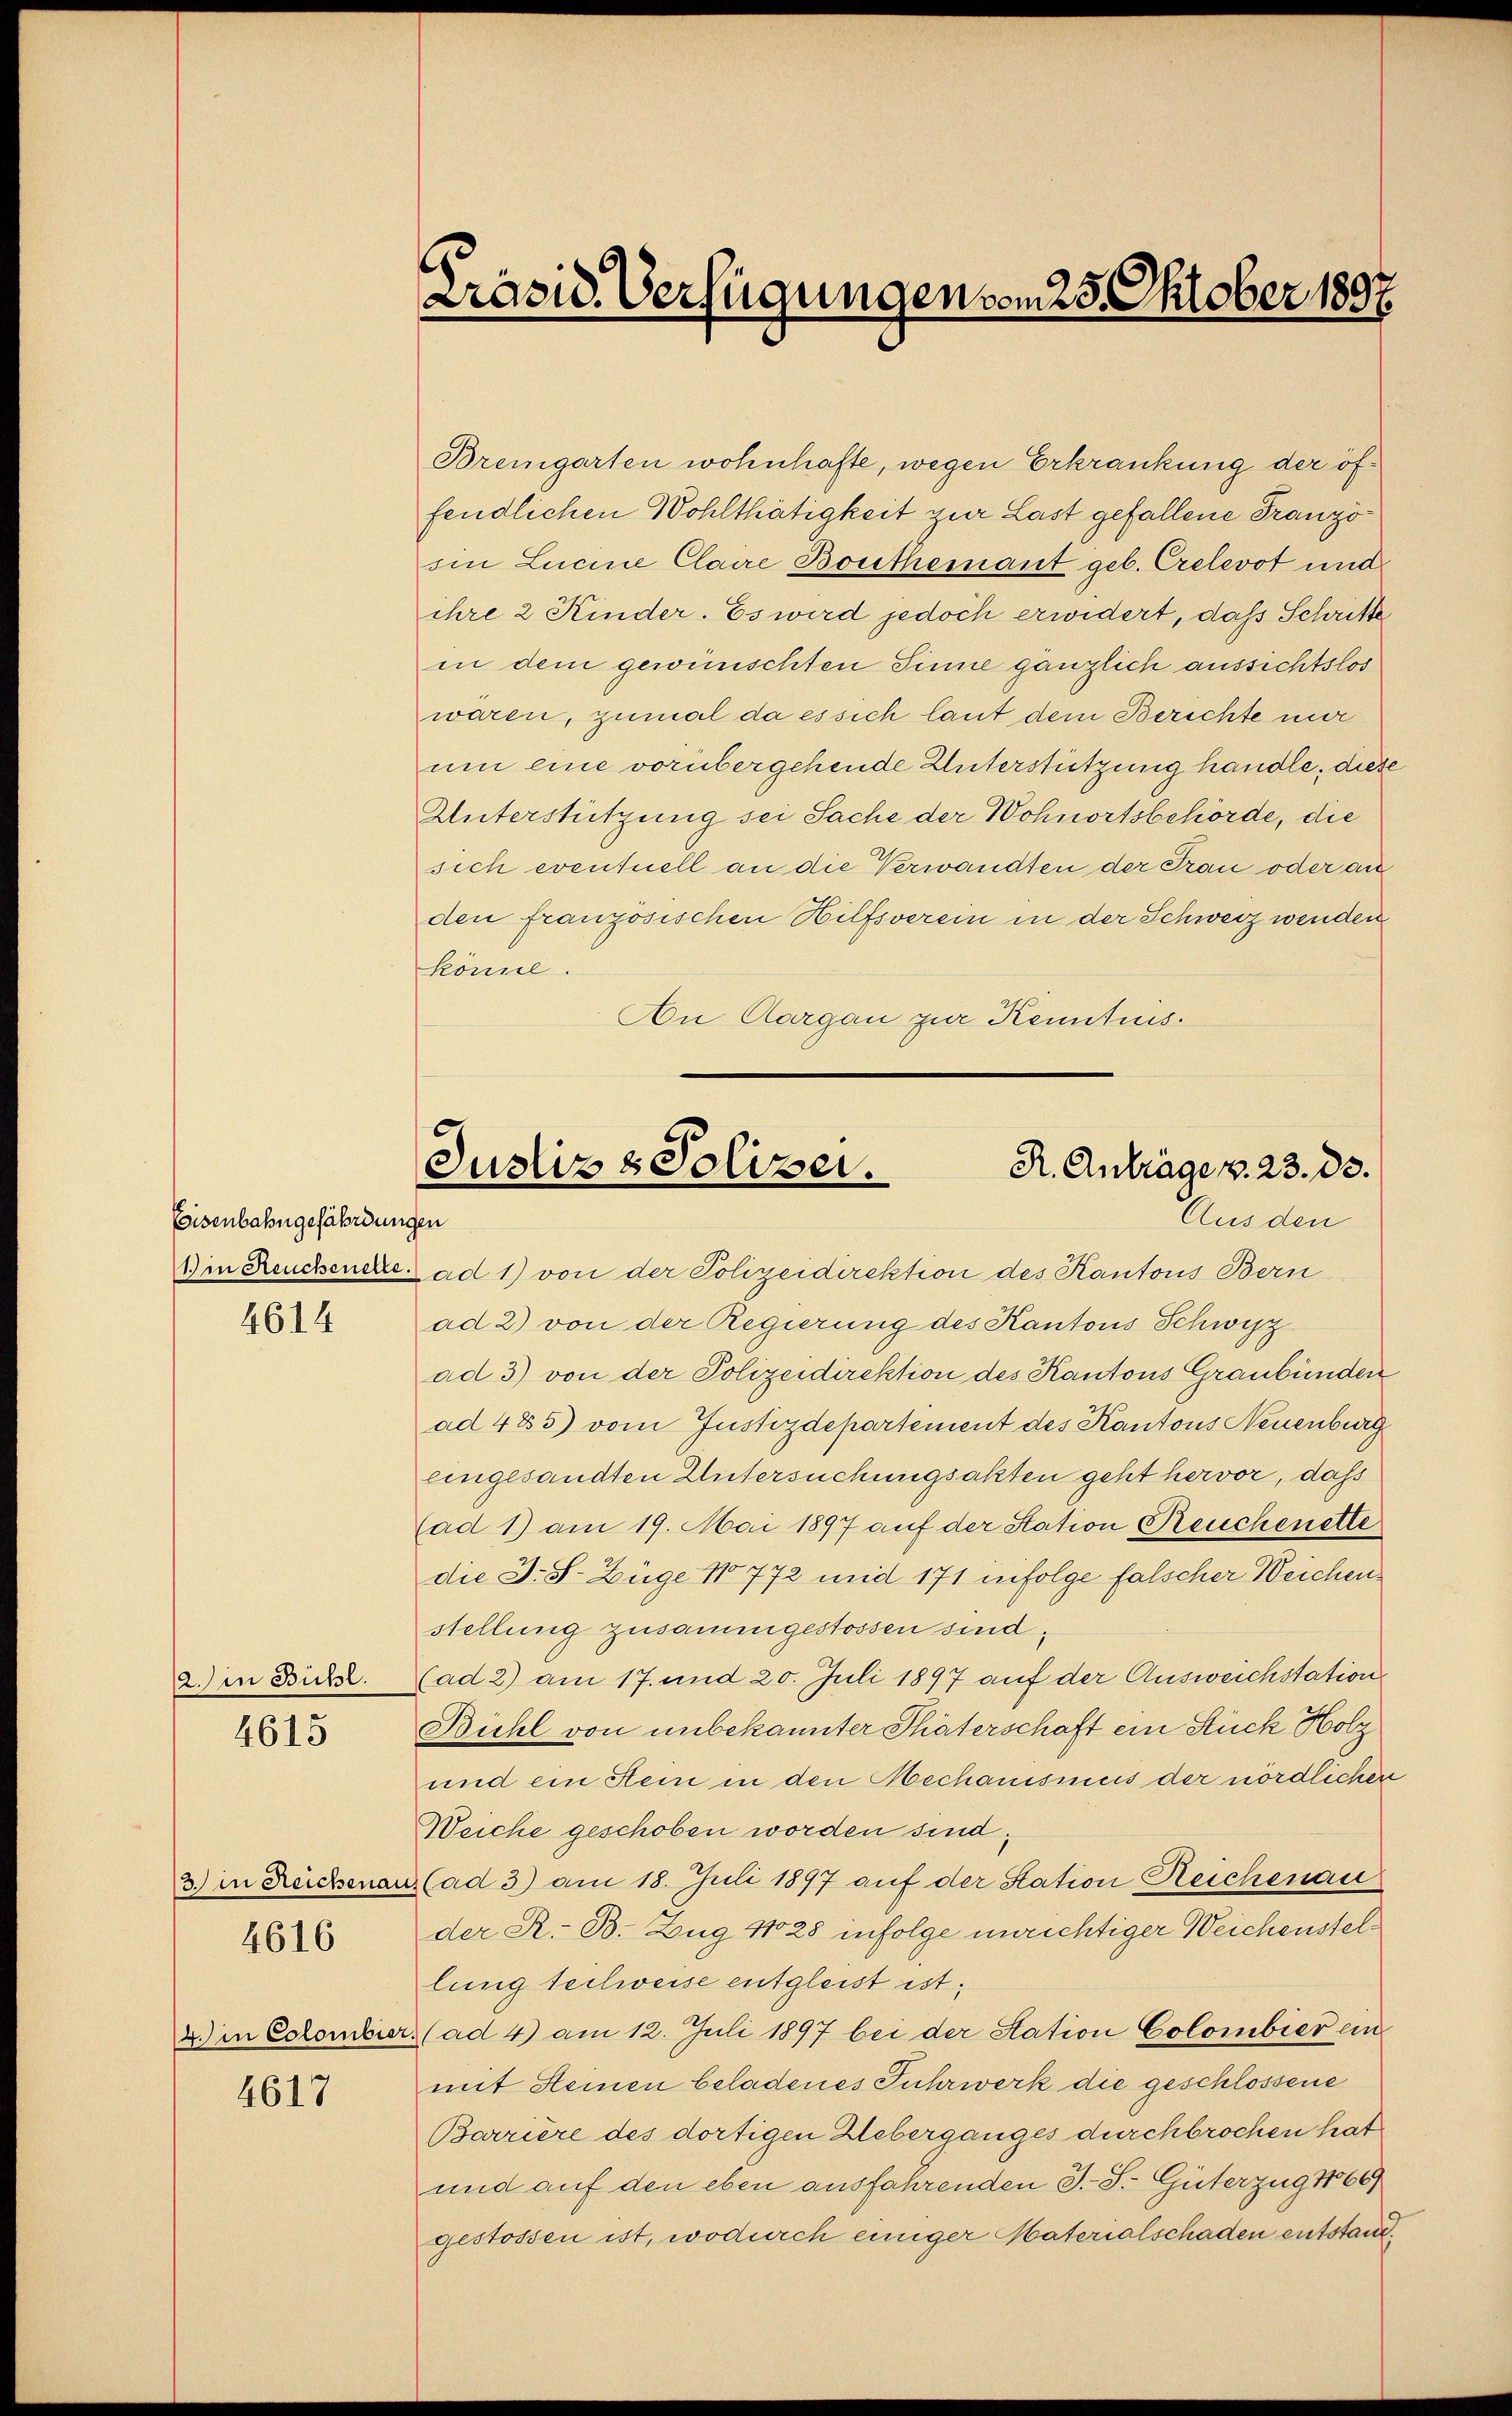
Eisenbahngefährdungen
1) in Reuchenelle.

4614

2. in Bühl.

4615

3.) in Reichenau
4. in Colombier

4616

4617

Bremgarten wohnhafte, wegen Erkrankung der öffendlichen Wohlthätigkeit zur Last gefallene Französin Lucine Claire Bonthemant geb. Crelevot und
ihre 2 Kinder. Es wird jedoch erwidert, daß Schritte
in dem gewünschten Sinne gänzlich aussichtslos
waren, zumal da es sich laut dem Berichte nur
um eine vorübergehende Unterstützung handle, diese
Unterstützung sei Sache der Wohnortsbehörde, die
sich eventuell an die Verwandten der Frau oder au
den französischen Hilfsverein in der Schweiz wenden
könne.
An Aargau zur Kenntnis.

Präsid. Verfügungen vom 25. Oktober 1897.

Justiz & Polizei.
R. Anträgen. 23. ds.
Aus den

ad 1) von der Polizeidirektion des Kantons Bern
ad 2) von der Regierung des Kantons Schwyz
ad 3) von der Polizeidirektion des Kantons Graubünden
ad 485) vom Justizdepartement des Kantons Neuenburg
eingesandten Untersuchungsakten geht hervor, das
(ad 1) am 19. Mai 1897 auf der Station Reuchenette
die J. S. Züge 1772 und 171 infolge falscher Weichen
stellung zusammgestossen sind
(ad 2) am 17. und 20. Juli 1897 auf der Ausweichstation
Bühl von unbekannter Thäterschaft ein Stück Holz
und ein Stein in den Mechanismus der nördlichen
Weiche geschoben worden sind,
2 (ad 3) am 18. Juli 1897 auf der Station Reichenau
der K. B. Zug No 28 infolge unrichtiger Weichenstellung teilweise entgleist ist.
(ad 4) am 12. Juli 1897 bei der Station Colombier ein
mit Steinen beladenes Fuhrwerk die geschlossene
Barriere des dortigen Ueberganges durchbrochen hat
und auf den eben ausfahrenden J. S. Güterzug 166/
gestossen ist, wodurch einiger Materialschaden entstand¬